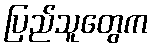
ပြည်သူတွေက